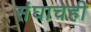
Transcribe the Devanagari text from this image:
संघाचेही